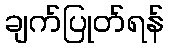
ချက်ပြုတ်ရန်